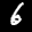
Label: 6